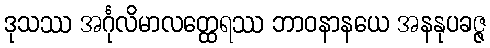
ဒုသဿ အင်္ဂုလိမာလတ္ထေရဿ ဘာဝနာနယေ အနနုပခဇ္ဇ